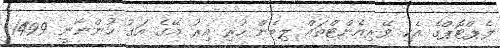
ލެޕްޓޮޕްގެ އެކި ވޭރިއެންޓްތައް ލިބެން ހުރި އިރު އޭގެ އަގު ހުންނާނީ 1499